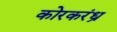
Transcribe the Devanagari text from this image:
कोरकरंध्र